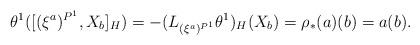
LaTeX: \begin{align*}\theta^{1} ( [(\xi^{a})^{P^{1}}, X_{b}]_{H}) = -(L_{(\xi^{a})^{P^{1}}} \theta^{1})_{H} (X_{b}) = \rho_{*}(a) (b) =a(b).\end{align*}